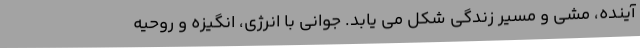
آینده، مشی و مسیر زندگی شکل می یابد. جوانی با انرژی، انگیزه و روحیه